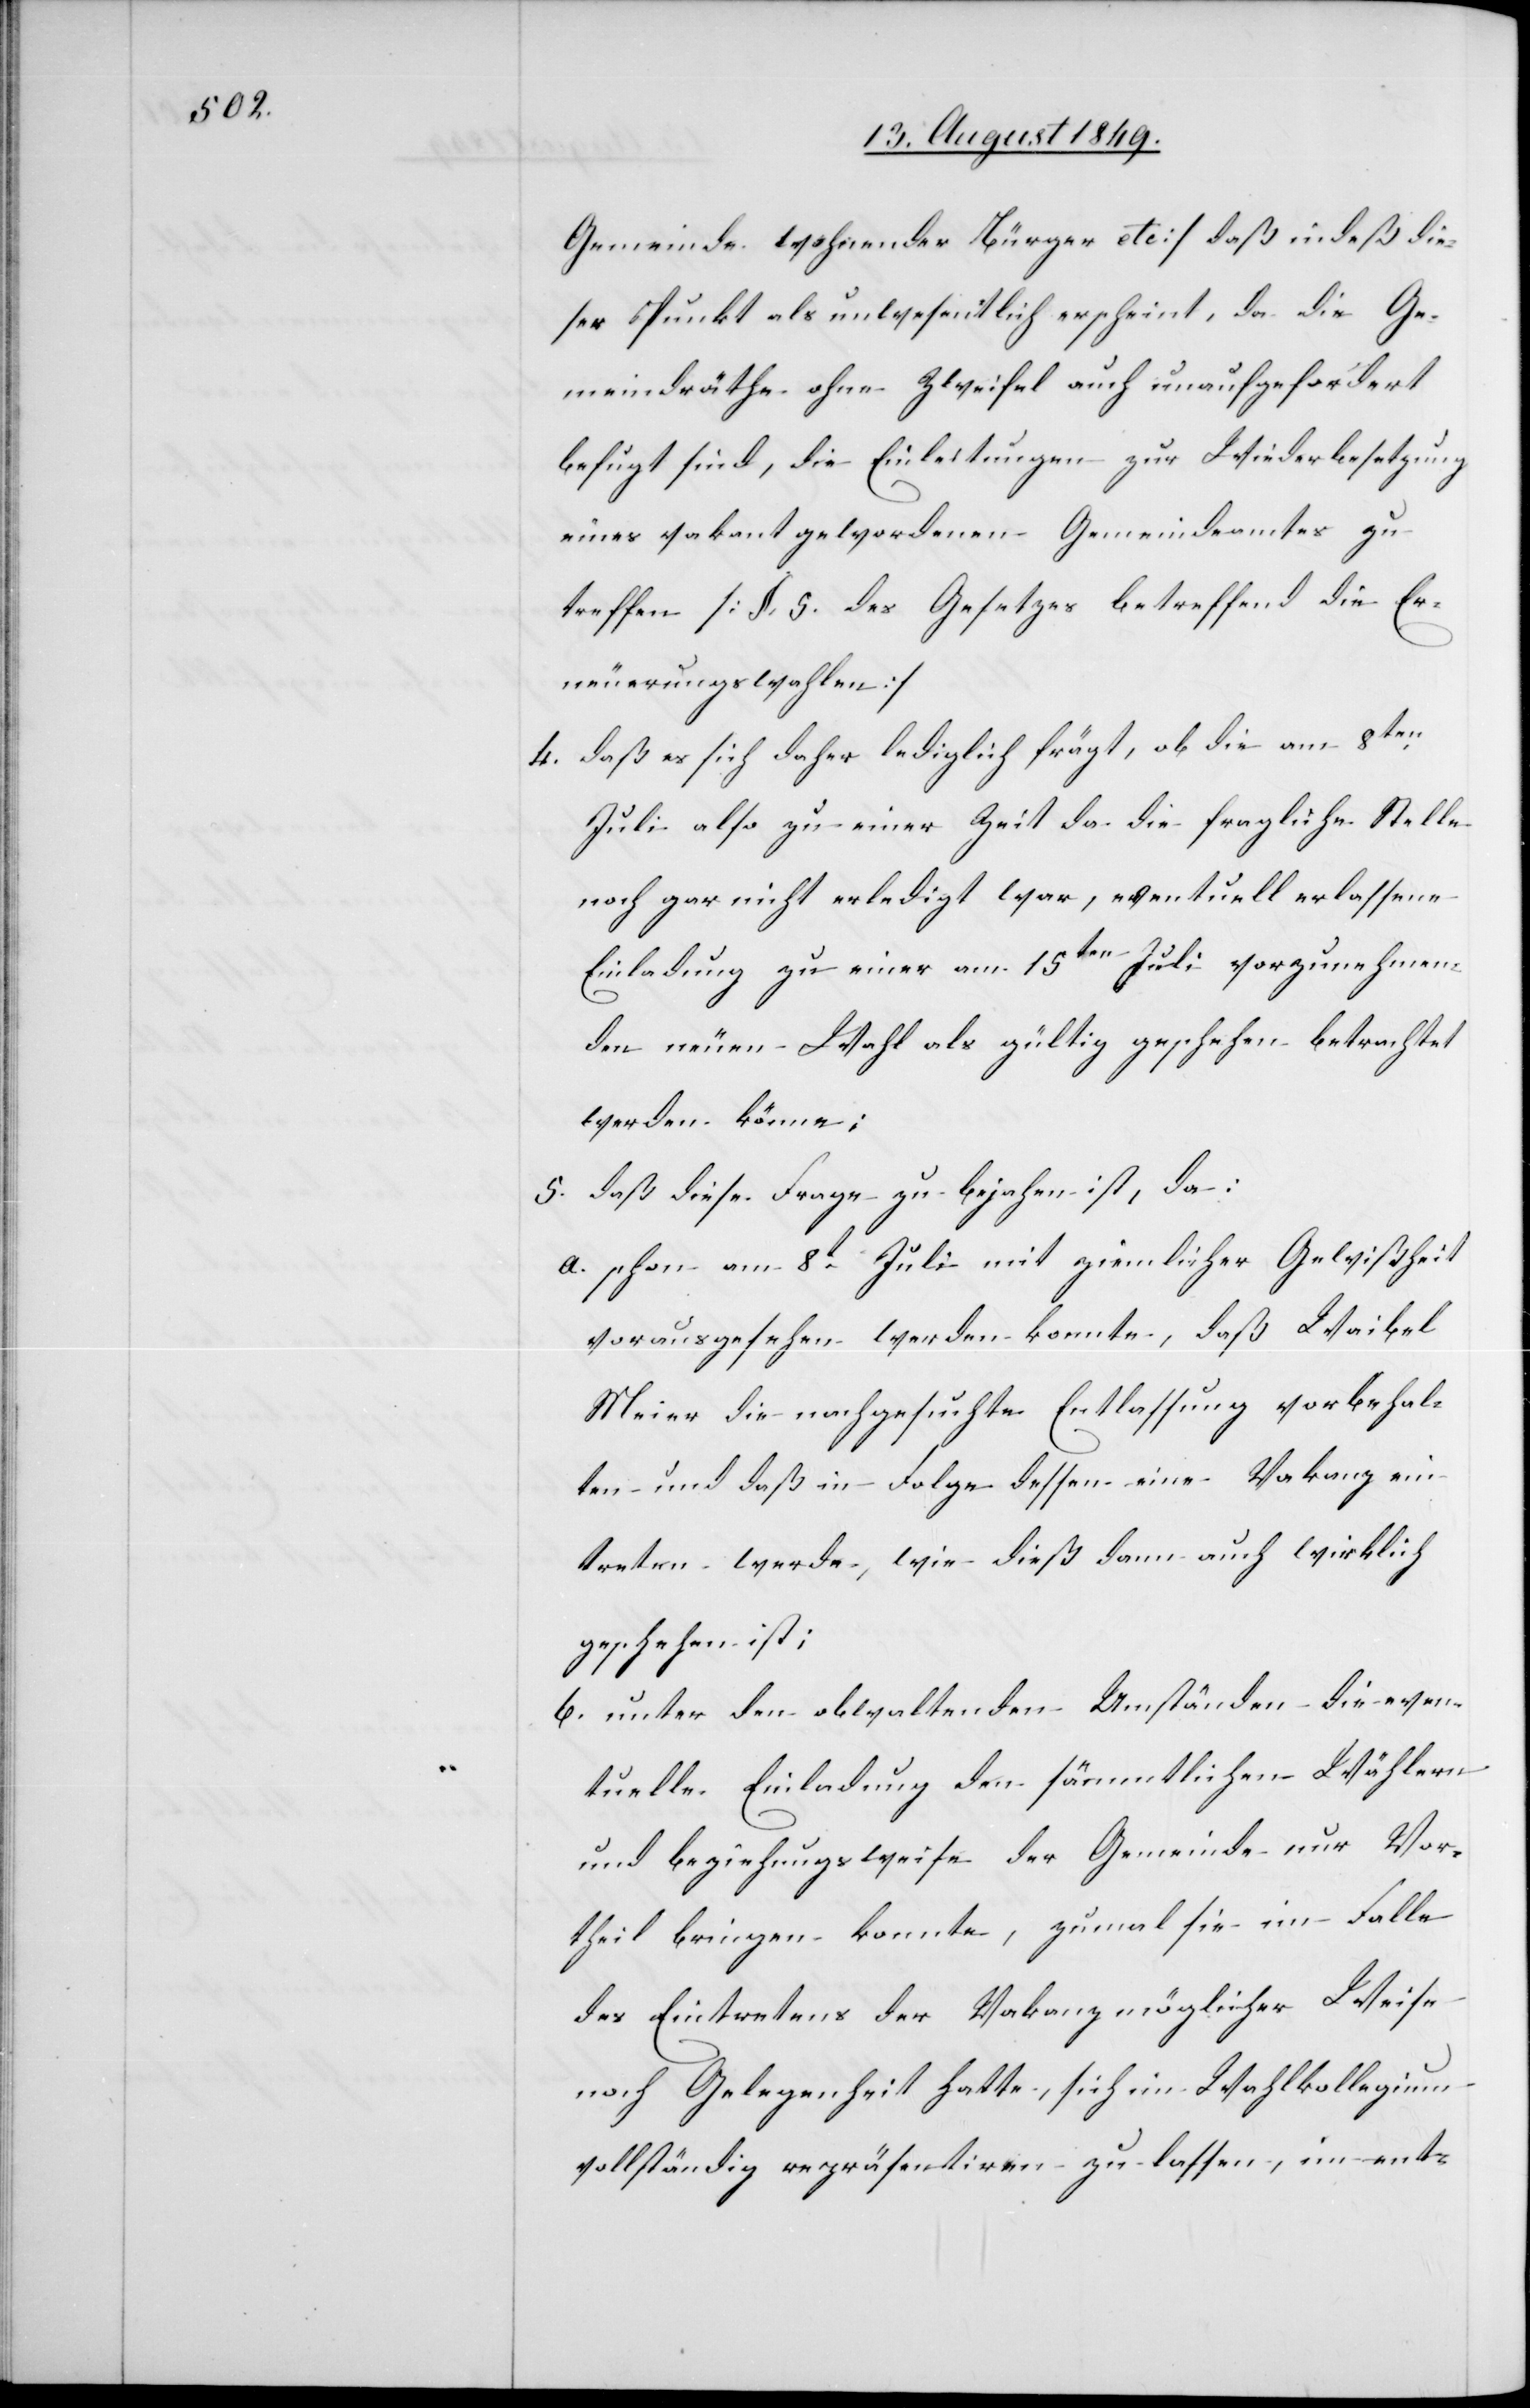
Gemeinde wohnende Bürger etc.] daß indeß die¬
ser Punkt als unwesentlich erscheint, da die Ge¬
meindräthe ohne Zweifel auch unaufgefordert
befugt sind, die Einleitungen zur Wiederbesetzung
eines vakant gewordenen Gemeindeamtes zu
treffen [§. 5. des Gesetzes betreffend die Er¬
neuerungswahlen]
4. daß es sich daher lediglich frägt, ob die am 8ten
Juli also zu einer Zeit da die fragliche Stelle
noch gar nicht erledigt war, eventuell erlassene
Einladung zu einer am 15ten Juli vorzunehmen¬
den neuen Wahl als gültig geschehen betrachtet
werden könne;
5. daß diese Frage zu bejahen ist, da:
a. schon am 8t Juli mit ziemlicher Gewißheit
vorausgesehen werden konnte, daß Waibel
Meier die nachgesuchte Entlassung vorbehal¬
ten und daß in Folge dessen eine Vakanz ein¬
treten werde, wie dieß dann auch wirklich
geschehen ist;
b. unter den obwaltenden Umständen die even¬
tuelle Einladung den sämmtlichen Wählern
und beziehungsweise der Gemeinde nur Vor¬
theil bringen konnte, zumal sie im Falle
des Eintretens der Vakanz möglicher Weise
noch Gelegenheit hatte, sich im Wahlkollegium
vollständig repräsentiren zu lassen, im ent-